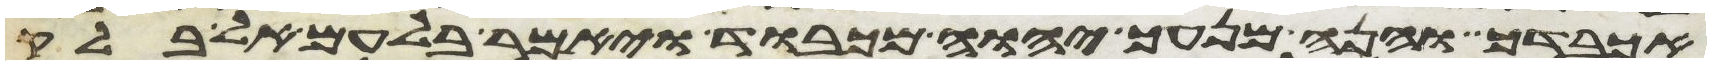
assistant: אכבדך והנה מנעך יהוה מכבוד ויאמר בלעם אל בלק